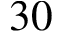
3 0